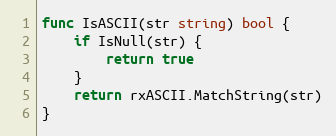
Language: Go
func IsASCII(str string) bool {
	if IsNull(str) {
		return true
	}
	return rxASCII.MatchString(str)
}